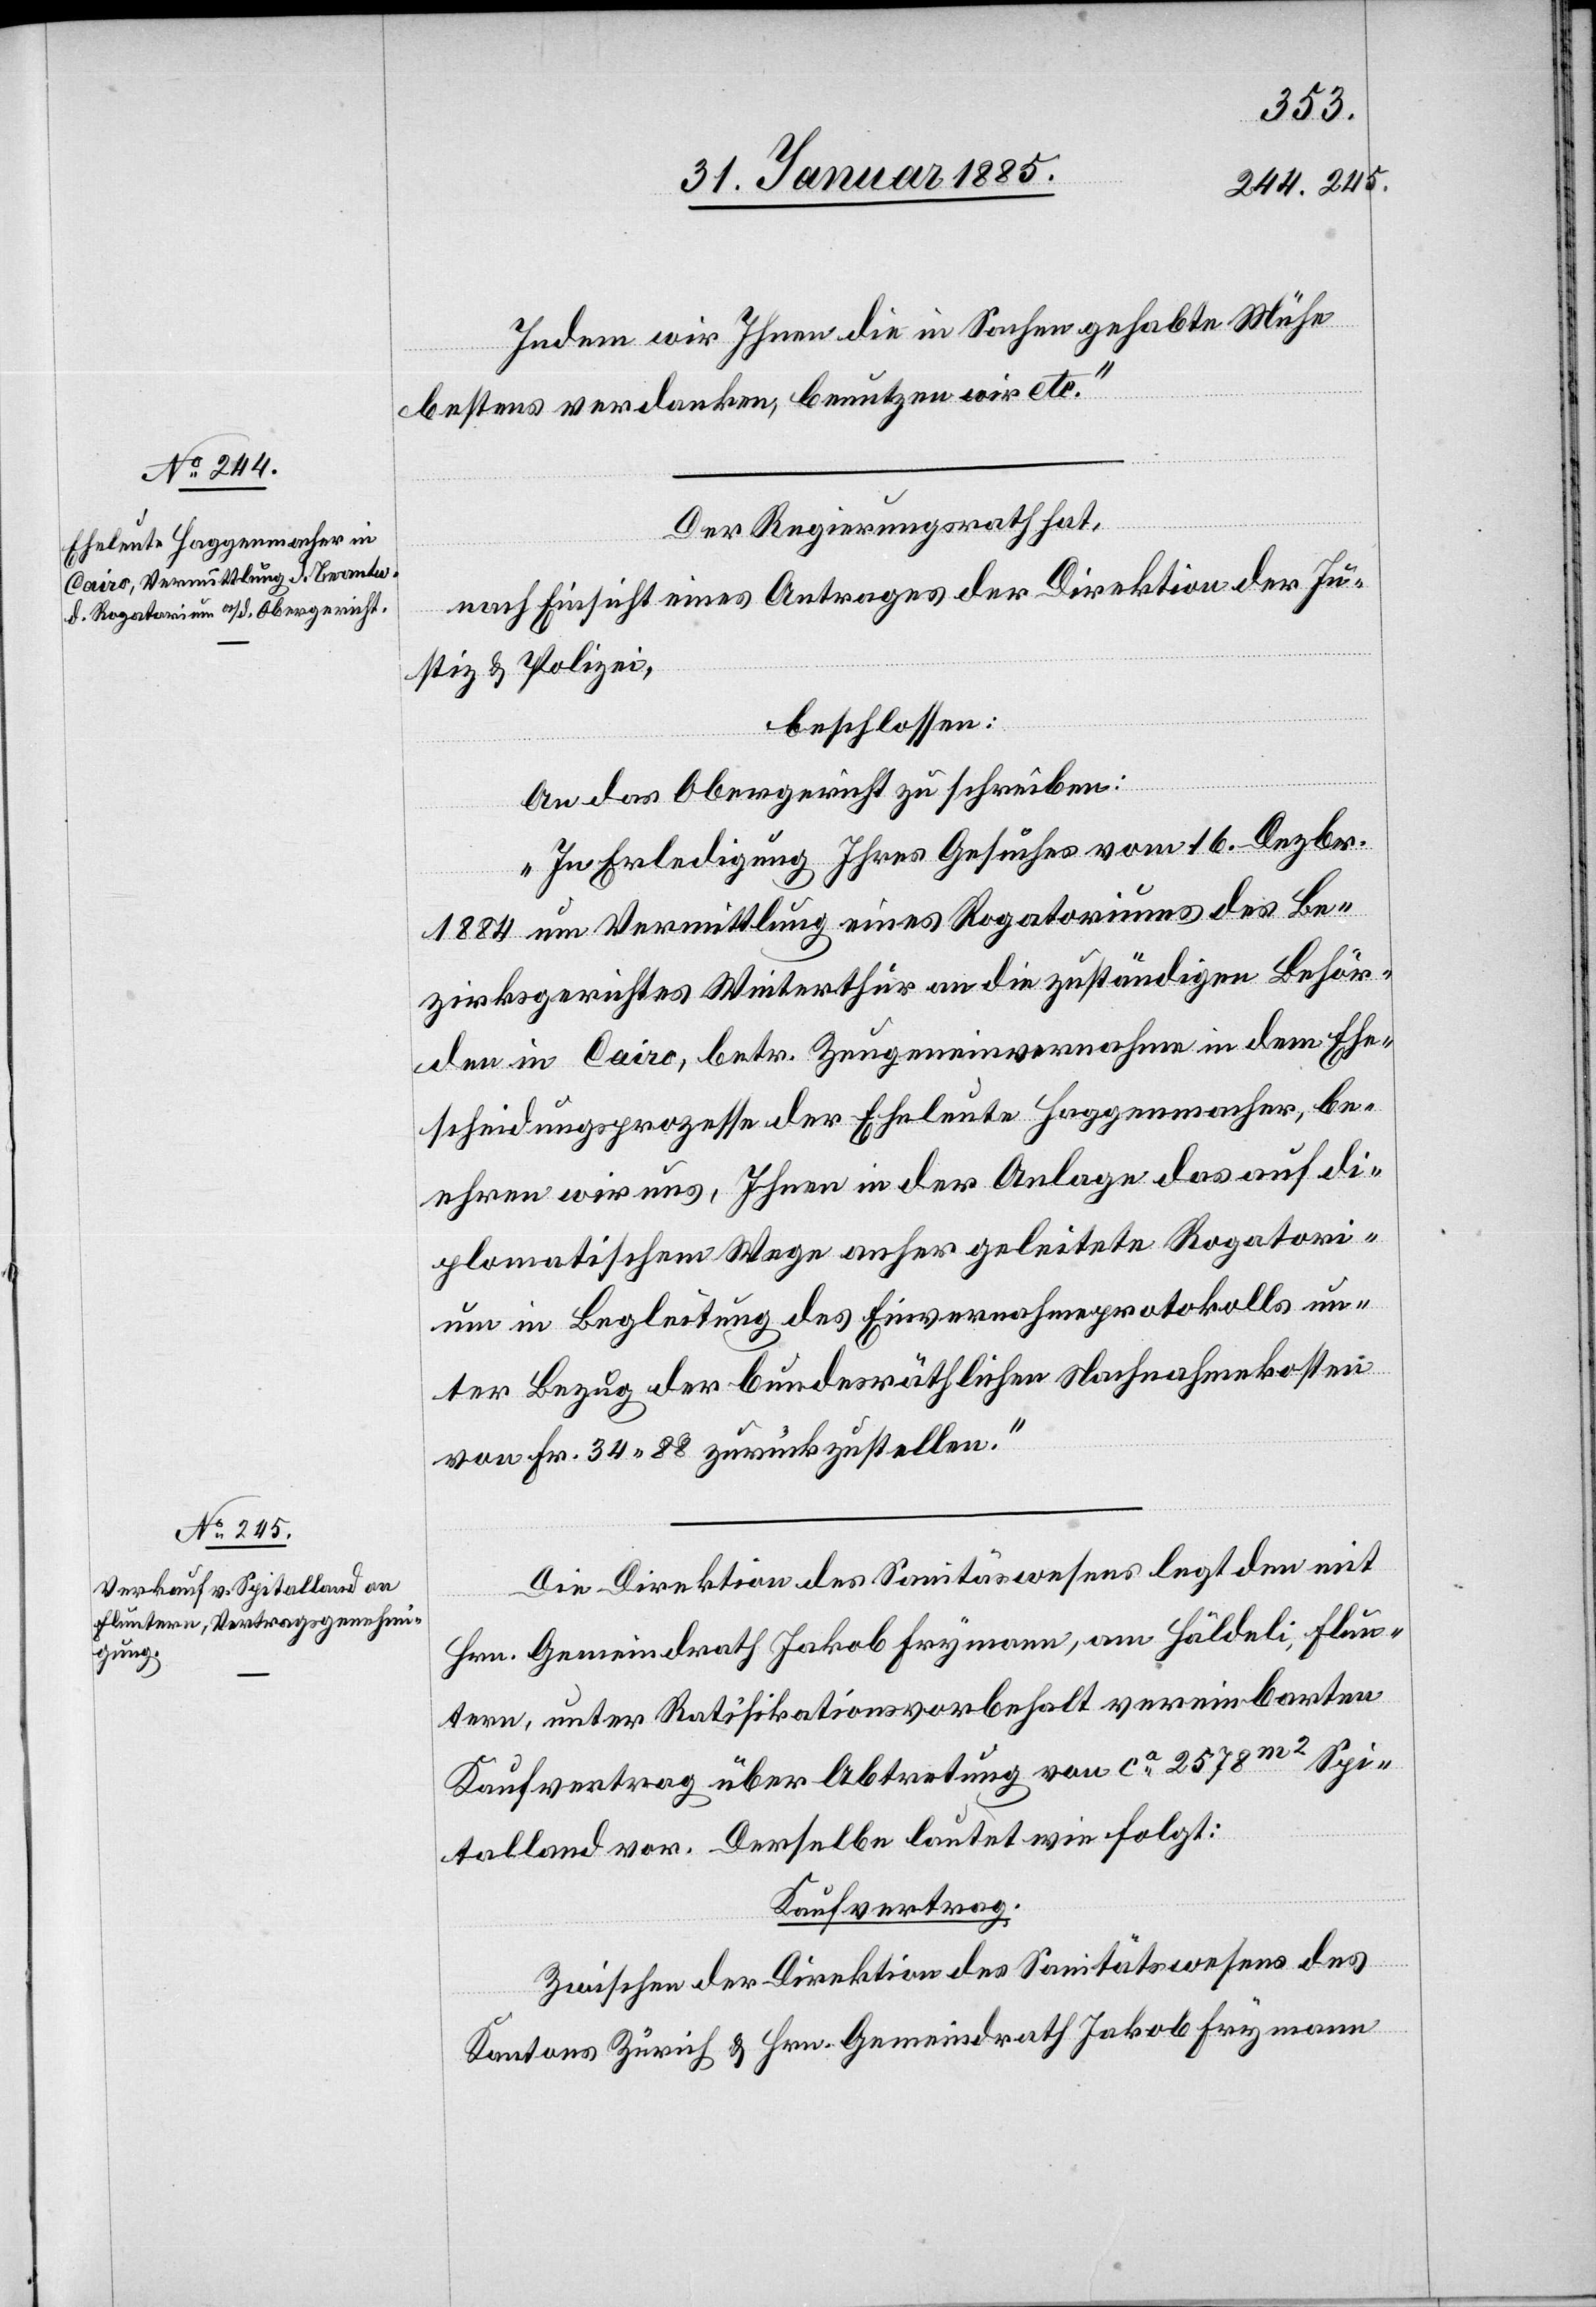
Indem wir Ihnen die in Sachen gehabte Mühe
bestens verdanken, benutzen wir etc.“
Der Regierungsrath hat,
nach Einsicht eines Antrages der Direktion der Ju¬
stiz & Polizei,
beschlossen:
An das Obergericht zu schreiben:
„In Erledigung Ihres Gesuches vom 16. Dezbr.
1884 um Vermittlung eines Rogatoriums des Be¬
zirksgerichtes Winterthur an die zuständigen Behör¬
den in Cairo, betr. Zeugeneinvernahme in dem Ehe¬
scheidungsprozesse der Eheleute Haggenmacher, be¬
ehren wir uns, Ihnen in der Anlage das auf di¬
plomatischem Wege anher geleitete Rogatori¬
um in Begleitung des Einvernahmeprotokolls un¬
ter Bezug der bundesräthlichen Nachnahmekosten
von Fr. 34 88 zurückzustellen.“
Die Direktion des Sanitätswesens legt den mit
Hrn. Gemeindrath Jakob Frymann, am Häldeli, Flun¬
tern, unter Ratifikationsvorbehalt vereinbarten
Kaufvertrag über Abtretung von ca 2578 m2 Spi¬
talland vor. Derselbe lautet wie folgt:
Kaufvertrag:
Zwischen der Direktion des Sanitätswesens des
Kantons Zürich & Hrn. Gemeindrath Jakob Frymann